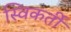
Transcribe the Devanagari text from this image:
स्विकर्ती